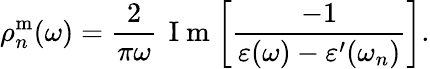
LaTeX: \rho_{n}^{\mathrm{m}}(\omega)=\frac{2}{\pi\omega}\, \mathrm{~I~m~}\! \left[\frac{-1}{\varepsilon(\omega)-\varepsilon^{\prime}(\omega_{n})}\right].